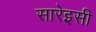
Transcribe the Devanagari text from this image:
सारेइसी